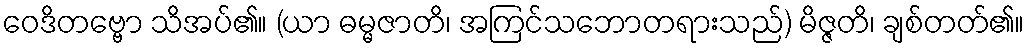
ဝေဒိတဗ္ဗော သိအပ်၏။ (ယာ ဓမ္မဇာတိ၊ အကြင်သဘောတရားသည်) မိဇ္ဇတိ၊ ချစ်တတ်၏။